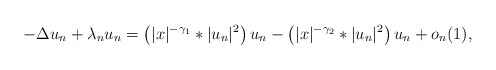
\begin{align*} -\Delta u_n+ \lambda_n u_n=\left(|x|^{-\gamma_1} \ast |u_n|^2\right) u_n - \left(|x|^{-\gamma_2} \ast |u_n|^2\right) u_n+o_n(1),\end{align*}